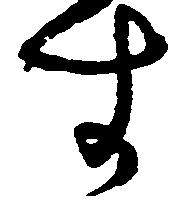
す